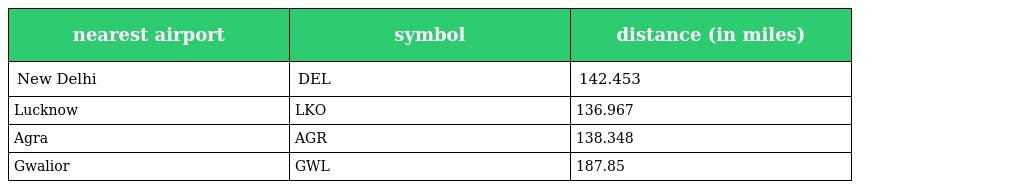
| nearest airport | symbol | distance (in miles) |
 | --- | --- | --- |
 | New Delhi | DEL | 142.453 |
 | Lucknow | LKO | 136.967 |
 | Agra | AGR | 138.348 |
 | Gwalior | GWL | 187.85 |